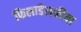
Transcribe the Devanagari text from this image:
फिलाडेलफीया